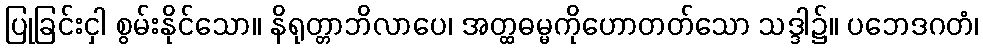
ပြုခြင်းငှါ စွမ်းနိုင်သော။ နိရုတ္တာဘိလာပေ၊ အတ္ထဓမ္မကိုဟောတတ်သော သဒ္ဒါ၌။ ပဘေဒဂတံ၊